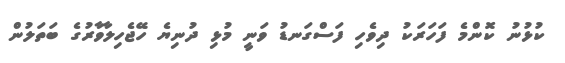
ކުޅުނު ކޮންމެ ފަހަރަކު ދިވެހި ފަސްގަނޑު ވަނީ މުޅި ދުނިޔެ ހޭޖެހިލާވާރުގެ ބަތަލުން